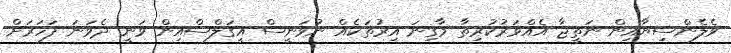
ވެލެންސިޔާއިން ނަތީޖާ އެއްވަރުކުރިތާ މާގިނަ އިރުތަކެއް ނުވަނީސް އީގަލްސްއިން ވަނީ ދެވަނަ ފަހަރަށް